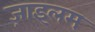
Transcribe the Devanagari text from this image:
ज़ाइलम